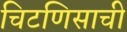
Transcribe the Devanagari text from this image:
चिटणिसाची